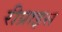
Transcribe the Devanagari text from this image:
रीप्राइस